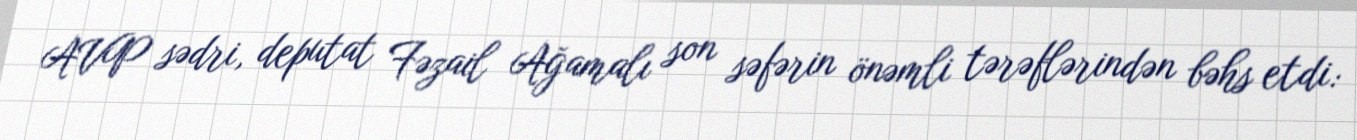
AVP sədri, deputat Fəzail Ağamalı son səfərin önəmli tərəflərindən bəhs etdi: